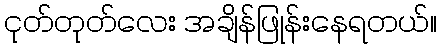
ငုတ်တုတ်လေး အချိန်ဖြုန်းနေရတယ်။